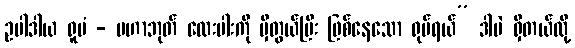
ဥပါဒါယ ရူပံ - မဟာဘုတ် လေးပါးကို မှီတွယ်ပြီး ဖြစ်နေသော ရုပ်ရယ်” ဒါပဲ ရှိတယ်လို့